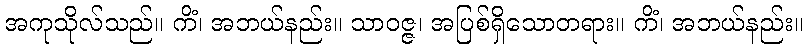
အကုသိုလ်သည်။ ကိံ၊ အဘယ်နည်း။ သာဝဇ္ဇ၊ အပြစ်ရှိသောတရား။ ကိံ၊ အဘယ်နည်း။